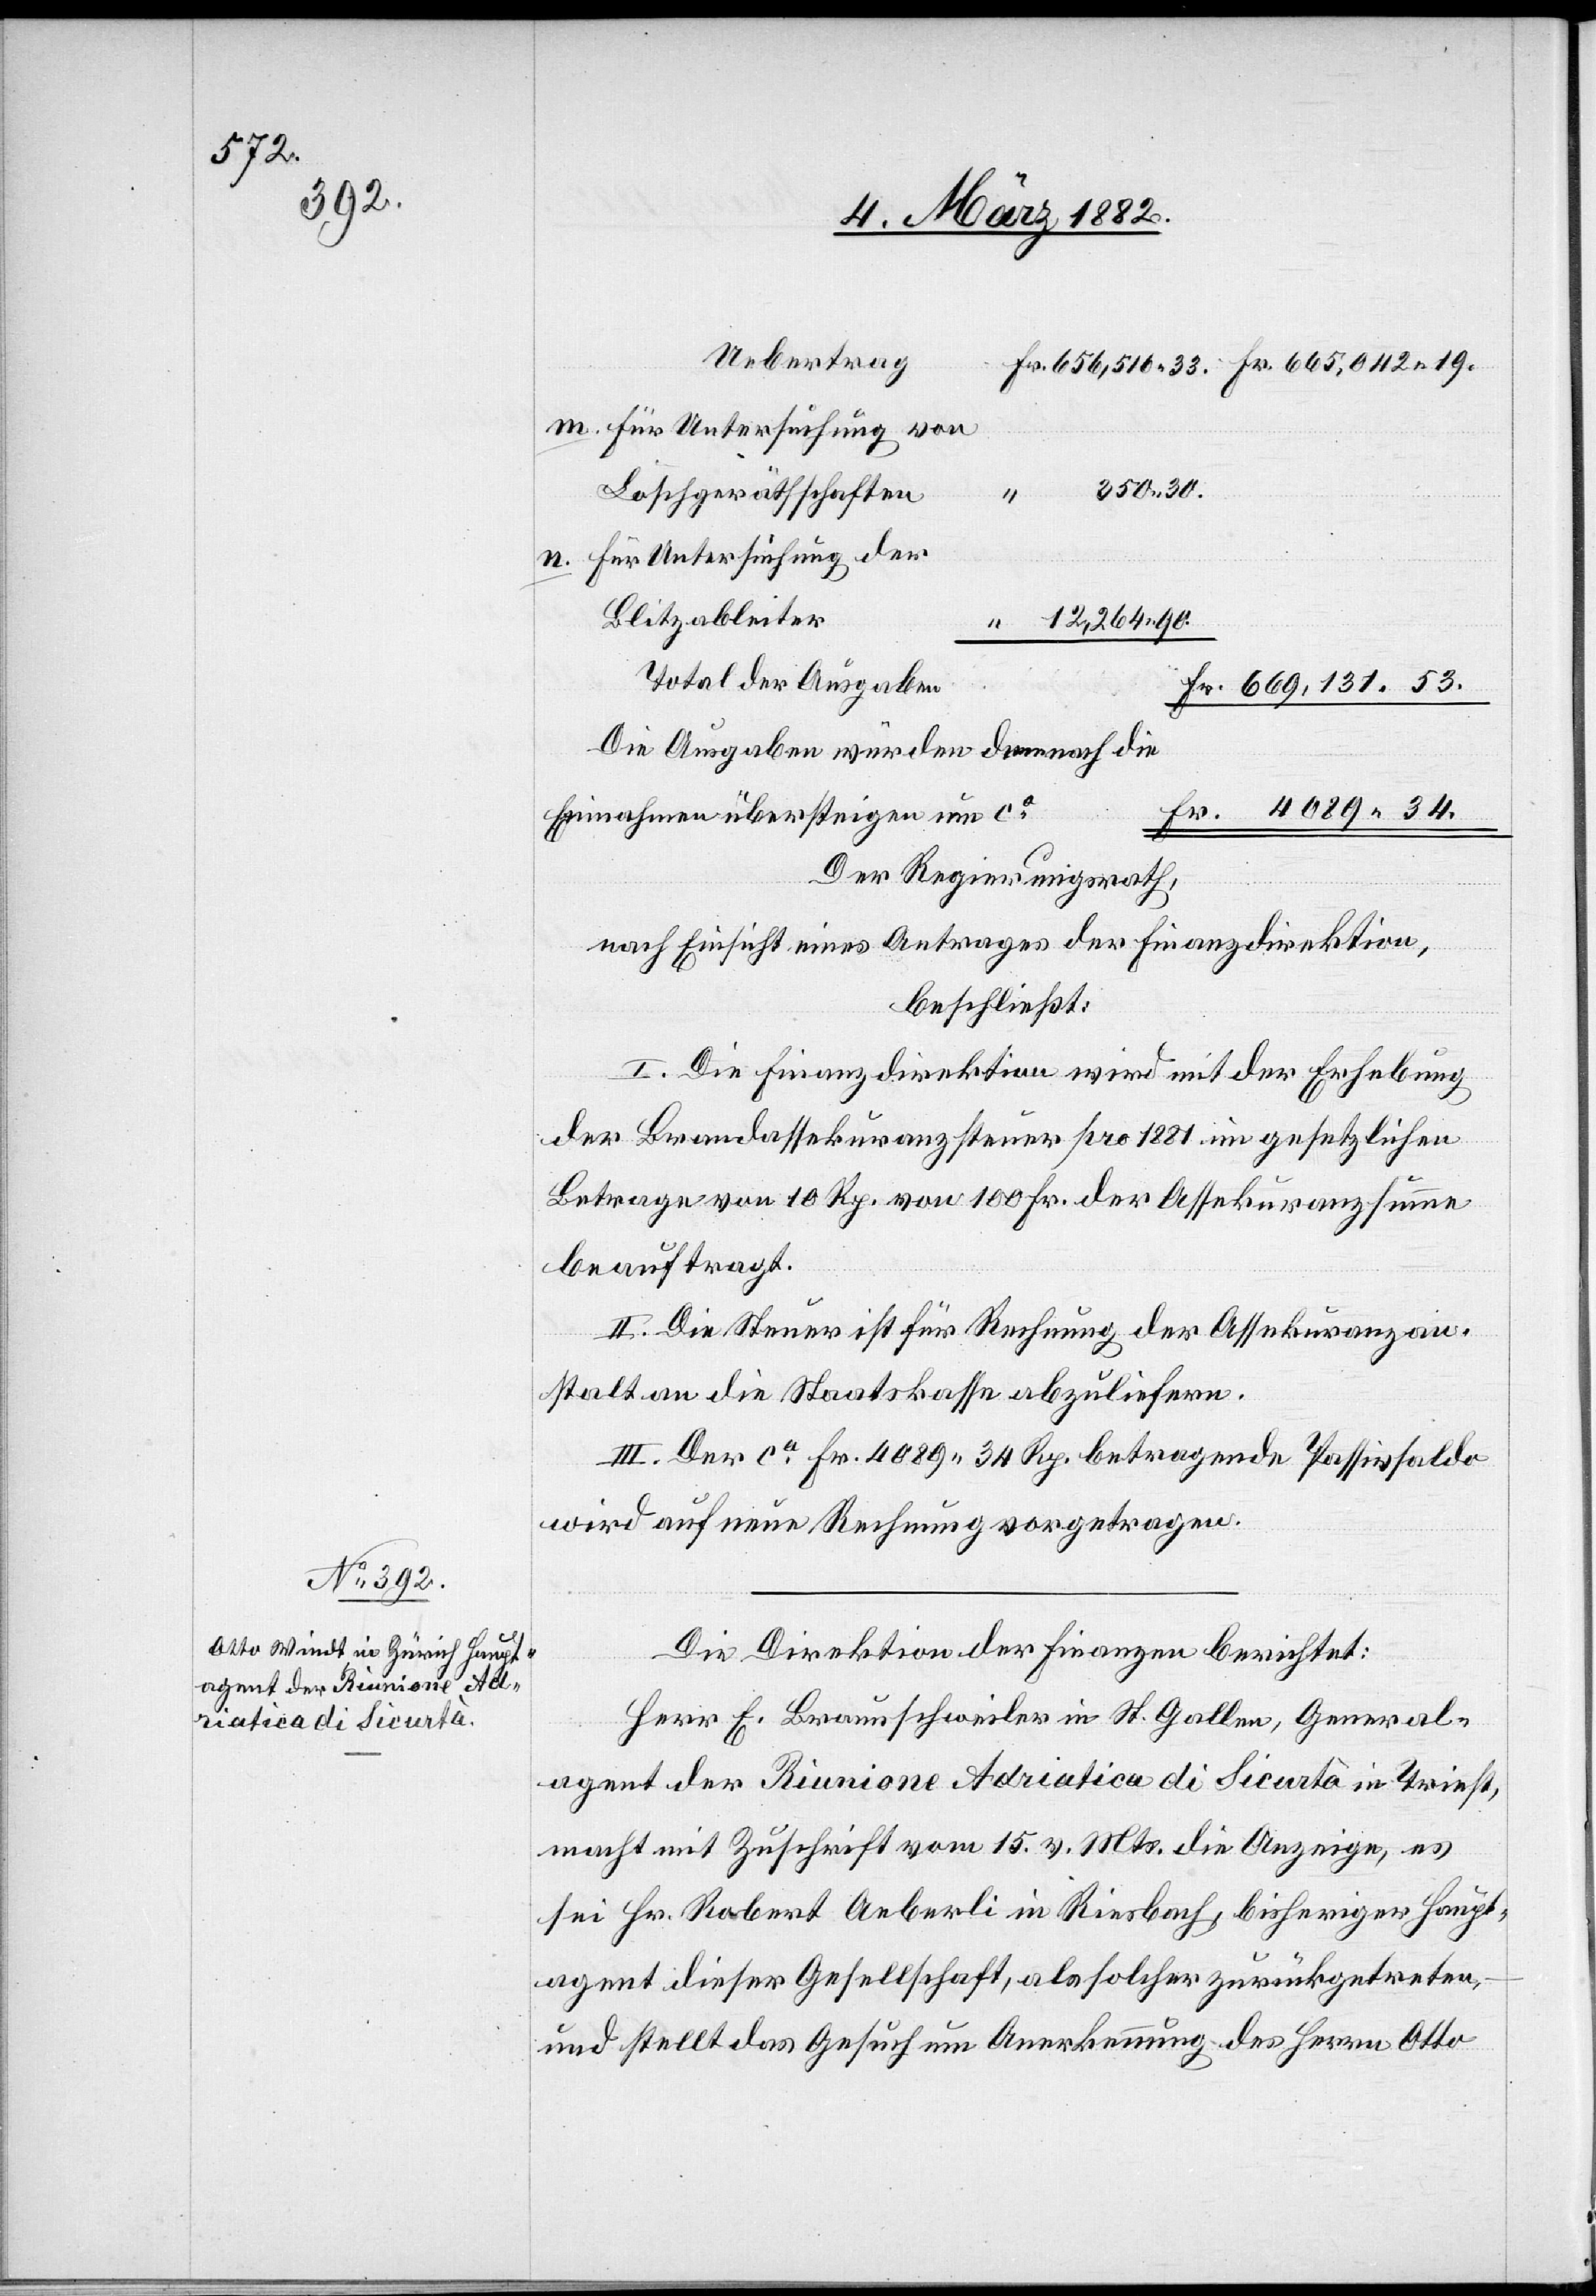
m. für Untersuchung von
350 30.
Löschgeräthschaften
n. für Untersuchung der
Blitzableiter
12,264 90.
Total der Ausgaben
Die Ausgaben würden demnach die
Einnahmen übersteigen um ca
Der Regierungsrath,
nach Einsicht eines Antrages der Finanzdirektion,
34.
beschließt:
I. Die Finanzdirektion wird mit der Erhebung
der Brandassekuranzsteuer pro 1881 im gesetzlichen
Betrage von 10 Rp. von 100 Fr. der Assekuranzsumme
beauftragt.
II. Die Steuer ist für Rechnung der Assekuranzan¬
stalt an die Staatskasse abzuliefern.
III. Der ca Fr. 4089 34 Rp. betragende Passivsaldo
wird auf neue Rechnung vorgetragen.
Die Direktion der Finanzen berichtet:
Herr E. Braunschweiler in St. Gallen, General¬
gent der Riunione Adriatica di Sicurtà in Triest
macht mit Zuschrift vom 15. v. Mts. die Anzeige, es
sei Hr. Robert Aeberli in Riesbach, bisheriger Haupt¬
agent dieser Gesellschaft, als solcher zurückgetreten,
und stellt das Gesuch um Anerkennung des Herrn Otto